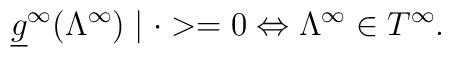
\underline{g}^\infty (\Lambda ^\infty )\mid \cdot >=0\Leftrightarrow \Lambda^\infty \in T^\infty .